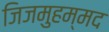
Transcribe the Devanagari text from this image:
जिजमुहम्मद